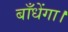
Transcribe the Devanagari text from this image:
बाँधेंगा।